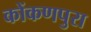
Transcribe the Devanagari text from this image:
कोंकणपुरा